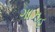
ગાઝહ